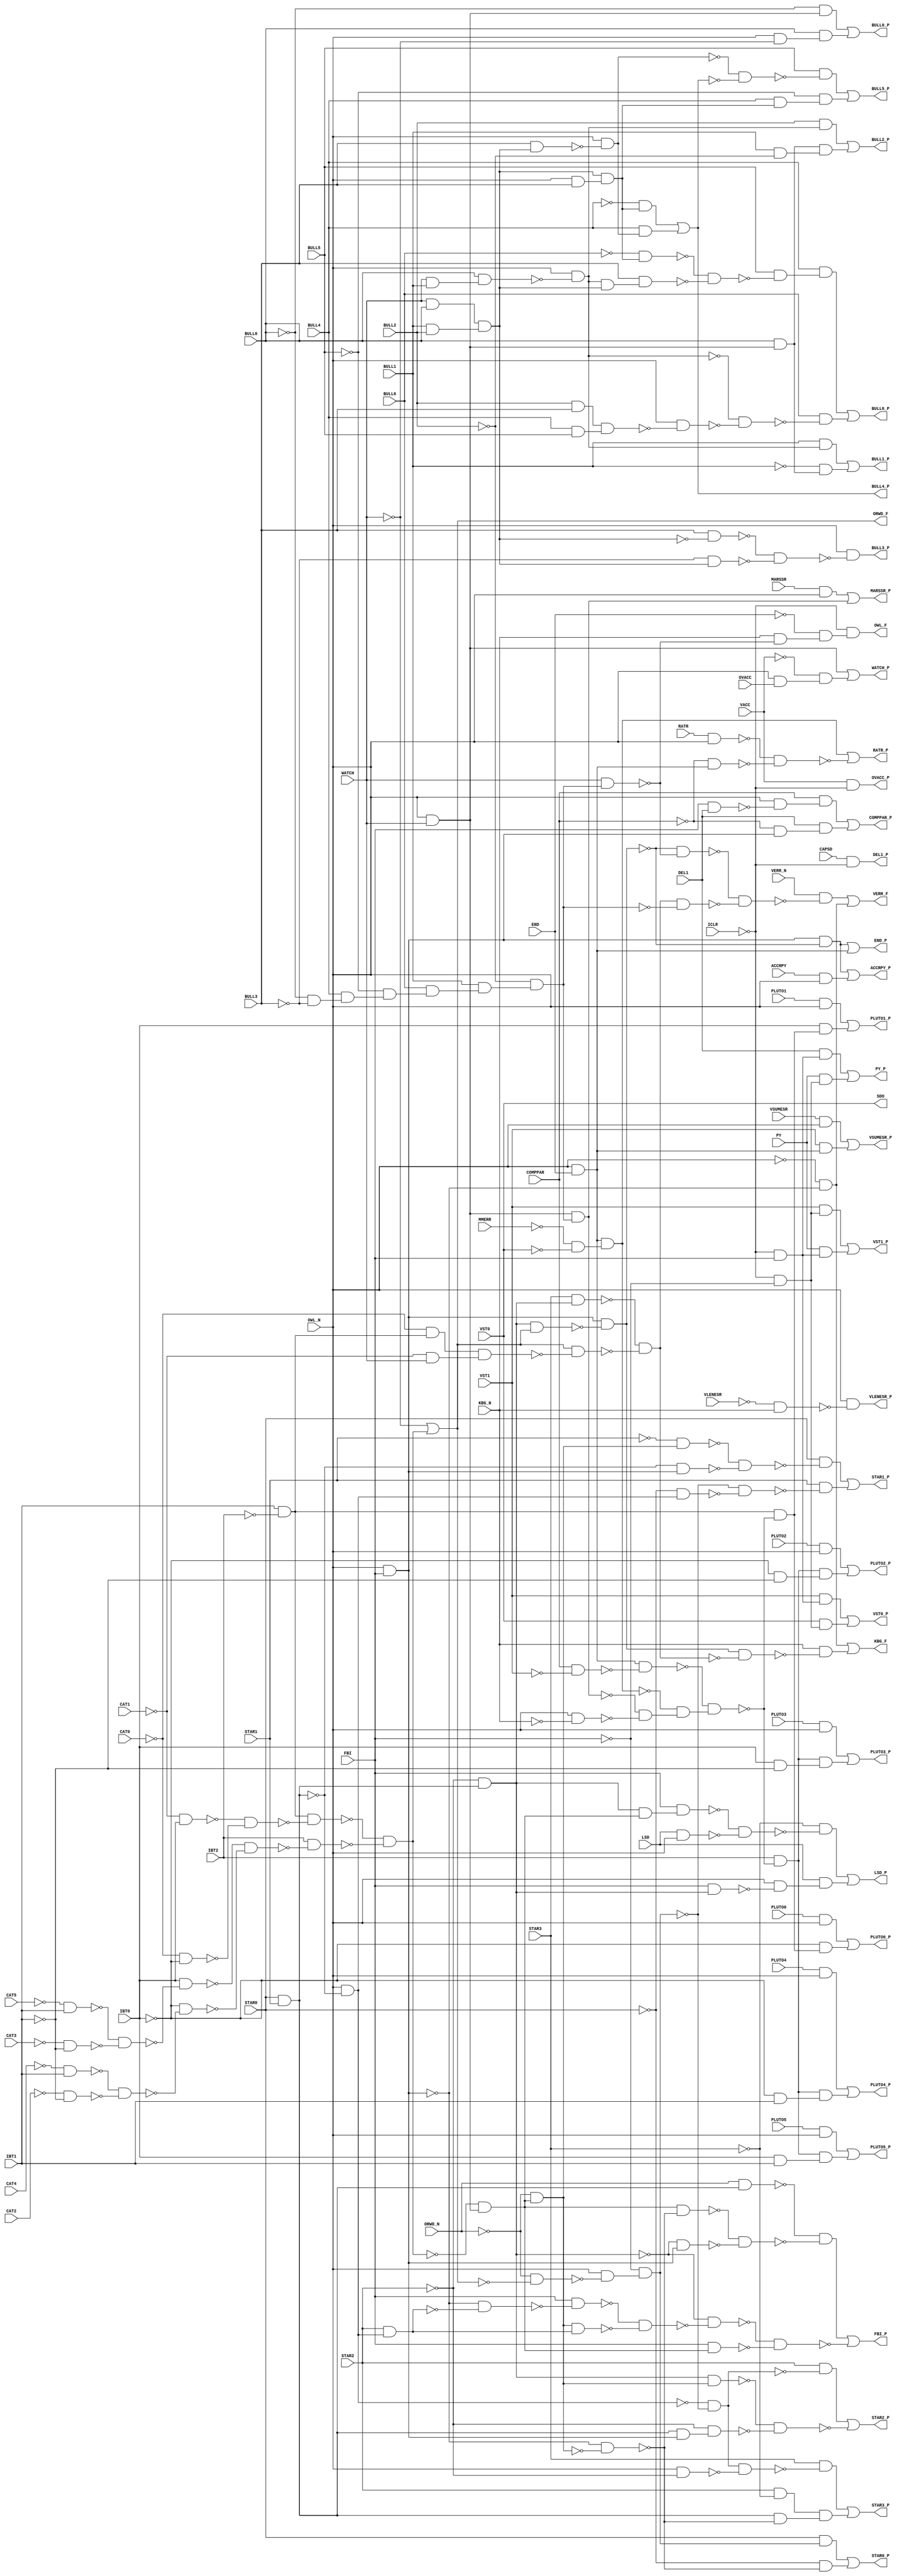
module apex7 ( 
    CAPSD, CAT0, CAT1, CAT2, CAT3, CAT4, CAT5, VACC, MMERR, IBT0, IBT1,
    IBT2, ICLR, LSD, ACCRPY, VERR_N, RATR, MARSSR, VLENESR, VSUMESR,
    PLUTO0, PLUTO1, PLUTO2, PLUTO3, PLUTO4, PLUTO5, ORWD_N, OWL_N, PY, END,
    FBI, WATCH, OVACC, KBG_N, DEL1, COMPPAR, VST0, VST1, STAR0, STAR1,
    STAR2, STAR3, BULL0, BULL1, BULL2, BULL3, BULL4, BULL5, BULL6,
    SDO, LSD_P, ACCRPY_P, VERR_F, RATR_P, MARSSR_P, VLENESR_P, VSUMESR_P,
    PLUTO0_P, PLUTO1_P, PLUTO2_P, PLUTO3_P, PLUTO4_P, PLUTO5_P, ORWD_F,
    OWL_F, PY_P, END_P, FBI_P, WATCH_P, OVACC_P, KBG_F, DEL1_P, COMPPAR_P,
    VST0_P, VST1_P, STAR0_P, STAR1_P, STAR2_P, STAR3_P, BULL0_P, BULL1_P,
    BULL2_P, BULL3_P, BULL4_P, BULL5_P, BULL6_P  );
  input  CAPSD, CAT0, CAT1, CAT2, CAT3, CAT4, CAT5, VACC, MMERR, IBT0,
    IBT1, IBT2, ICLR, LSD, ACCRPY, VERR_N, RATR, MARSSR, VLENESR, VSUMESR,
    PLUTO0, PLUTO1, PLUTO2, PLUTO3, PLUTO4, PLUTO5, ORWD_N, OWL_N, PY, END,
    FBI, WATCH, OVACC, KBG_N, DEL1, COMPPAR, VST0, VST1, STAR0, STAR1,
    STAR2, STAR3, BULL0, BULL1, BULL2, BULL3, BULL4, BULL5, BULL6;
  output SDO, LSD_P, ACCRPY_P, VERR_F, RATR_P, MARSSR_P, VLENESR_P, VSUMESR_P,
    PLUTO0_P, PLUTO1_P, PLUTO2_P, PLUTO3_P, PLUTO4_P, PLUTO5_P, ORWD_F,
    OWL_F, PY_P, END_P, FBI_P, WATCH_P, OVACC_P, KBG_F, DEL1_P, COMPPAR_P,
    VST0_P, VST1_P, STAR0_P, STAR1_P, STAR2_P, STAR3_P, BULL0_P, BULL1_P,
    BULL2_P, BULL3_P, BULL4_P, BULL5_P, BULL6_P;
  wire new_n87_, new_n88_, new_n89_, new_n90_, new_n91_, new_n92_, new_n93_,
    new_n94_, new_n95_, new_n96_, new_n97_, new_n98_, new_n99_, new_n100_,
    new_n101_, new_n102_, new_n103_, new_n104_, new_n105_, new_n106_,
    new_n107_, new_n108_, new_n109_, new_n110_, new_n111_, new_n112_,
    new_n113_, new_n114_, new_n117_, new_n118_, new_n119_, new_n120_,
    new_n121_, new_n123_, new_n124_, new_n125_, new_n126_, new_n127_,
    new_n128_, new_n129_, new_n130_, new_n131_, new_n132_, new_n133_,
    new_n134_, new_n135_, new_n136_, new_n137_, new_n138_, new_n139_,
    new_n140_, new_n142_, new_n143_, new_n144_, new_n145_, new_n146_,
    new_n147_, new_n149_, new_n150_, new_n152_, new_n154_, new_n155_,
    new_n157_, new_n158_, new_n159_, new_n160_, new_n161_, new_n162_,
    new_n163_, new_n164_, new_n165_, new_n167_, new_n168_, new_n170_,
    new_n171_, new_n172_, new_n173_, new_n175_, new_n176_, new_n177_,
    new_n179_, new_n180_, new_n181_, new_n183_, new_n184_, new_n185_,
    new_n187_, new_n188_, new_n190_, new_n191_, new_n192_, new_n193_,
    new_n196_, new_n197_, new_n198_, new_n199_, new_n200_, new_n201_,
    new_n202_, new_n203_, new_n204_, new_n205_, new_n206_, new_n207_,
    new_n208_, new_n209_, new_n210_, new_n211_, new_n213_, new_n214_,
    new_n217_, new_n218_, new_n221_, new_n222_, new_n223_, new_n224_,
    new_n225_, new_n227_, new_n228_, new_n230_, new_n231_, new_n233_,
    new_n234_, new_n235_, new_n236_, new_n237_, new_n239_, new_n240_,
    new_n241_, new_n242_, new_n243_, new_n244_, new_n245_, new_n247_,
    new_n248_, new_n249_, new_n250_, new_n251_, new_n252_, new_n254_,
    new_n255_, new_n256_, new_n257_, new_n258_, new_n259_, new_n261_,
    new_n262_, new_n263_, new_n265_, new_n266_, new_n267_, new_n268_,
    new_n269_, new_n270_, new_n272_, new_n273_, new_n274_, new_n276_,
    new_n277_, new_n278_, new_n279_, new_n280_, new_n281_, new_n283_,
    new_n284_, new_n285_, new_n286_, new_n287_, new_n288_, new_n290_,
    new_n291_, new_n292_, new_n293_, new_n295_, new_n296_, new_n297_,
    new_n298_, new_n299_, new_n300_, new_n301_, new_n302_, new_n303_,
    new_n304_, new_n305_, new_n306_;
  assign new_n87_ = STAR0 & STAR1;
  assign new_n88_ = ~STAR2 & new_n87_;
  assign new_n89_ = IBT1 & ~IBT2;
  assign new_n90_ = ~CAT1 & IBT0;
  assign new_n91_ = ~CAT0 & ~IBT0;
  assign new_n92_ = ~new_n90_ & ~new_n91_;
  assign new_n93_ = new_n89_ & ~new_n92_;
  assign new_n94_ = ~CAT5 & IBT1;
  assign new_n95_ = ~CAT3 & ~IBT1;
  assign new_n96_ = ~new_n94_ & ~new_n95_;
  assign new_n97_ = IBT0 & ~new_n96_;
  assign new_n98_ = ~CAT4 & IBT1;
  assign new_n99_ = ~CAT2 & ~IBT1;
  assign new_n100_ = ~new_n98_ & ~new_n99_;
  assign new_n101_ = ~IBT0 & ~new_n100_;
  assign new_n102_ = ~new_n97_ & ~new_n101_;
  assign new_n103_ = IBT2 & ~new_n102_;
  assign new_n104_ = ~new_n93_ & ~new_n103_;
  assign new_n105_ = OWL_N & WATCH;
  assign new_n106_ = ~new_n104_ & new_n105_;
  assign new_n107_ = new_n88_ & new_n106_;
  assign new_n108_ = FBI & new_n107_;
  assign new_n109_ = LSD & OWL_N;
  assign new_n110_ = ~new_n108_ & ~new_n109_;
  assign new_n111_ = ~STAR3 & ~new_n110_;
  assign new_n112_ = FBI & new_n88_;
  assign new_n113_ = OWL_N & ~new_n112_;
  assign new_n114_ = LSD & new_n113_;
  assign LSD_P = new_n111_ | new_n114_;
  assign ORWD_F = ~WATCH | new_n104_;
  assign new_n117_ = OWL_N & FBI;
  assign new_n118_ = new_n88_ & ORWD_F;
  assign new_n119_ = new_n117_ & ~new_n118_;
  assign new_n120_ = new_n117_ & ~new_n119_;
  assign new_n121_ = ACCRPY & OWL_N;
  assign ACCRPY_P = new_n120_ | new_n121_;
  assign new_n123_ = STAR3 & new_n88_;
  assign new_n124_ = ~CAT0 & new_n89_;
  assign new_n125_ = ~CAT1 & WATCH;
  assign new_n126_ = new_n124_ & new_n125_;
  assign new_n127_ = ORWD_F & ~new_n126_;
  assign new_n128_ = ~new_n123_ & ~new_n127_;
  assign new_n129_ = ~BULL0 & ~BULL3;
  assign new_n130_ = BULL4 & new_n129_;
  assign new_n131_ = ~BULL5 & new_n130_;
  assign new_n132_ = BULL6 & new_n131_;
  assign new_n133_ = BULL1 & new_n132_;
  assign new_n134_ = ~BULL2 & new_n133_;
  assign new_n135_ = WATCH & new_n134_;
  assign new_n136_ = ~new_n119_ & ~new_n135_;
  assign new_n137_ = new_n128_ & ~new_n134_;
  assign new_n138_ = ~new_n136_ & ~new_n137_;
  assign new_n139_ = VERR_N & ~new_n138_;
  assign new_n140_ = ~OWL_N & ~new_n117_;
  assign VERR_F = new_n139_ | new_n140_;
  assign new_n142_ = OWL_N & END;
  assign new_n143_ = ~MMERR & ~VST0;
  assign new_n144_ = new_n142_ & new_n143_;
  assign new_n145_ = RATR & OWL_N;
  assign new_n146_ = ~COMPPAR & new_n142_;
  assign new_n147_ = ~new_n145_ & ~new_n146_;
  assign RATR_P = new_n144_ | ~new_n147_;
  assign new_n149_ = MARSSR & OWL_N;
  assign new_n150_ = new_n105_ & new_n134_;
  assign MARSSR_P = new_n149_ | new_n150_;
  assign new_n152_ = ~VLENESR & KBG_N;
  assign VLENESR_P = OWL_N & ~new_n152_;
  assign new_n154_ = VSUMESR & OWL_N;
  assign new_n155_ = VST1 & new_n142_;
  assign VSUMESR_P = new_n154_ | new_n155_;
  assign new_n157_ = COMPPAR & ~VST1;
  assign new_n158_ = new_n142_ & ~new_n157_;
  assign new_n159_ = OWL_N & ~KBG_N;
  assign new_n160_ = ~new_n150_ & ~new_n159_;
  assign new_n161_ = ~new_n144_ & new_n160_;
  assign new_n162_ = ~new_n158_ & new_n161_;
  assign new_n163_ = PLUTO0 & OWL_N;
  assign new_n164_ = new_n89_ & ~new_n162_;
  assign new_n165_ = ~IBT0 & new_n164_;
  assign PLUTO0_P = new_n163_ | new_n165_;
  assign new_n167_ = PLUTO1 & OWL_N;
  assign new_n168_ = IBT0 & new_n164_;
  assign PLUTO1_P = new_n167_ | new_n168_;
  assign new_n170_ = PLUTO2 & OWL_N;
  assign new_n171_ = IBT2 & ~new_n162_;
  assign new_n172_ = ~IBT0 & ~IBT1;
  assign new_n173_ = new_n171_ & new_n172_;
  assign PLUTO2_P = new_n170_ | new_n173_;
  assign new_n175_ = PLUTO3 & OWL_N;
  assign new_n176_ = IBT0 & ~IBT1;
  assign new_n177_ = new_n171_ & new_n176_;
  assign PLUTO3_P = new_n175_ | new_n177_;
  assign new_n179_ = PLUTO4 & OWL_N;
  assign new_n180_ = ~IBT0 & IBT1;
  assign new_n181_ = new_n171_ & new_n180_;
  assign PLUTO4_P = new_n179_ | new_n181_;
  assign new_n183_ = PLUTO5 & OWL_N;
  assign new_n184_ = IBT0 & IBT1;
  assign new_n185_ = new_n171_ & new_n184_;
  assign PLUTO5_P = new_n183_ | new_n185_;
  assign new_n187_ = KBG_N & ~new_n135_;
  assign new_n188_ = ~END & new_n187_;
  assign OWL_F = ~ICLR & new_n188_;
  assign new_n190_ = ~ICLR & ~FBI;
  assign new_n191_ = ~ICLR & FBI;
  assign new_n192_ = DEL1 & new_n191_;
  assign new_n193_ = PY & new_n190_;
  assign PY_P = new_n192_ | new_n193_;
  assign END_P = new_n120_ | new_n142_;
  assign new_n196_ = ~ORWD_N & new_n106_;
  assign new_n197_ = ~new_n117_ & ~new_n196_;
  assign new_n198_ = OWL_N & ~new_n87_;
  assign new_n199_ = ORWD_N & new_n87_;
  assign new_n200_ = new_n106_ & ~new_n197_;
  assign new_n201_ = ~new_n88_ & new_n117_;
  assign new_n202_ = ~new_n200_ & ~new_n201_;
  assign new_n203_ = ~new_n199_ & ~new_n202_;
  assign new_n204_ = STAR2 & new_n198_;
  assign new_n205_ = ~new_n117_ & ~new_n204_;
  assign new_n206_ = FBI & ~new_n205_;
  assign new_n207_ = new_n196_ & new_n204_;
  assign new_n208_ = ~new_n206_ & ~new_n207_;
  assign new_n209_ = ~new_n88_ & ~new_n208_;
  assign new_n210_ = FBI & new_n106_;
  assign new_n211_ = ~new_n209_ & ~new_n210_;
  assign FBI_P = new_n203_ | ~new_n211_;
  assign new_n213_ = OWL_N & OVACC;
  assign new_n214_ = ~VACC & new_n213_;
  assign WATCH_P = new_n105_ | new_n214_;
  assign OVACC_P = VACC & ~ICLR;
  assign new_n217_ = new_n119_ & ~new_n128_;
  assign new_n218_ = KBG_N & ~new_n217_;
  assign KBG_F = new_n140_ | new_n218_;
  assign DEL1_P = CAPSD & ~ICLR;
  assign new_n221_ = FBI & DEL1;
  assign new_n222_ = OWL_N & ~new_n221_;
  assign new_n223_ = COMPPAR & new_n222_;
  assign new_n224_ = ~COMPPAR & new_n117_;
  assign new_n225_ = DEL1 & new_n224_;
  assign COMPPAR_P = new_n223_ | new_n225_;
  assign new_n227_ = VST1 & new_n191_;
  assign new_n228_ = VST0 & new_n190_;
  assign VST0_P = new_n227_ | new_n228_;
  assign new_n230_ = VST1 & new_n190_;
  assign new_n231_ = PY & new_n191_;
  assign VST1_P = new_n230_ | new_n231_;
  assign new_n233_ = ~ORWD_N & ~ORWD_F;
  assign new_n234_ = OWL_N & ~new_n233_;
  assign new_n235_ = ~FBI & new_n234_;
  assign new_n236_ = STAR0 & new_n235_;
  assign new_n237_ = ~STAR0 & ~new_n197_;
  assign STAR0_P = new_n236_ | new_n237_;
  assign new_n239_ = ~STAR1 & new_n196_;
  assign new_n240_ = ~new_n87_ & new_n117_;
  assign new_n241_ = ~new_n239_ & ~new_n240_;
  assign new_n242_ = STAR0 & ~new_n241_;
  assign new_n243_ = ~STAR0 & new_n198_;
  assign new_n244_ = ~new_n235_ & ~new_n243_;
  assign new_n245_ = STAR1 & ~new_n244_;
  assign STAR1_P = new_n242_ | new_n245_;
  assign new_n247_ = ~new_n198_ & ~new_n235_;
  assign new_n248_ = STAR2 & ~new_n247_;
  assign new_n249_ = new_n88_ & new_n196_;
  assign new_n250_ = new_n87_ & new_n117_;
  assign new_n251_ = ~STAR2 & new_n250_;
  assign new_n252_ = ~new_n249_ & ~new_n251_;
  assign STAR2_P = new_n248_ | ~new_n252_;
  assign new_n254_ = OWL_N & ~STAR2;
  assign new_n255_ = new_n247_ & ~new_n254_;
  assign new_n256_ = STAR3 & ~new_n255_;
  assign new_n257_ = STAR2 & ~STAR3;
  assign new_n258_ = new_n87_ & ~new_n197_;
  assign new_n259_ = new_n257_ & new_n258_;
  assign STAR3_P = new_n256_ | new_n259_;
  assign new_n261_ = ~BULL0 & new_n105_;
  assign new_n262_ = OWL_N & ~WATCH;
  assign new_n263_ = BULL0 & new_n262_;
  assign BULL0_P = new_n261_ | new_n263_;
  assign new_n265_ = WATCH & BULL1;
  assign new_n266_ = BULL0 & new_n265_;
  assign new_n267_ = OWL_N & ~new_n266_;
  assign new_n268_ = BULL1 & new_n267_;
  assign new_n269_ = BULL0 & new_n105_;
  assign new_n270_ = ~BULL1 & new_n269_;
  assign BULL1_P = new_n268_ | new_n270_;
  assign new_n272_ = BULL2 & new_n267_;
  assign new_n273_ = BULL1 & ~BULL2;
  assign new_n274_ = new_n269_ & new_n273_;
  assign BULL2_P = new_n272_ | new_n274_;
  assign new_n276_ = WATCH & BULL0;
  assign new_n277_ = BULL1 & BULL2;
  assign new_n278_ = new_n276_ & new_n277_;
  assign new_n279_ = BULL3 & ~new_n278_;
  assign new_n280_ = ~BULL3 & new_n278_;
  assign new_n281_ = ~new_n279_ & ~new_n280_;
  assign BULL3_P = OWL_N & ~new_n281_;
  assign new_n283_ = OWL_N & BULL3;
  assign new_n284_ = new_n278_ & new_n283_;
  assign new_n285_ = ~BULL4 & new_n284_;
  assign new_n286_ = BULL3 & new_n278_;
  assign new_n287_ = OWL_N & ~new_n286_;
  assign new_n288_ = BULL4 & new_n287_;
  assign BULL4_P = new_n285_ | new_n288_;
  assign new_n290_ = ~new_n287_ & ~BULL4_P;
  assign new_n291_ = BULL5 & ~new_n290_;
  assign new_n292_ = BULL4 & new_n284_;
  assign new_n293_ = ~BULL5 & new_n292_;
  assign BULL5_P = new_n291_ | new_n293_;
  assign new_n295_ = ~BULL6 & new_n284_;
  assign new_n296_ = new_n267_ & new_n278_;
  assign new_n297_ = BULL3 & new_n296_;
  assign new_n298_ = ~new_n295_ & ~new_n297_;
  assign new_n299_ = BULL5 & ~new_n298_;
  assign new_n300_ = BULL4 & new_n299_;
  assign new_n301_ = BULL2 & BULL3;
  assign new_n302_ = BULL4 & BULL5;
  assign new_n303_ = new_n301_ & new_n302_;
  assign new_n304_ = OWL_N & ~new_n303_;
  assign new_n305_ = ~new_n267_ & ~new_n304_;
  assign new_n306_ = BULL6 & ~new_n305_;
  assign BULL6_P = new_n300_ | new_n306_;
  assign SDO = VST0;
endmodule